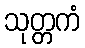
သုတ္တကံ